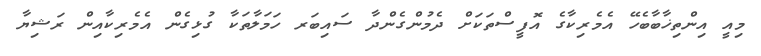
މިއީ އިންތިޚާބާބެހޭ އެމެރިކާގެ އޮފީސްތަކަށް ދެމުންގެންދާ ސައިބަރ ހަމަލާތަކާ ގުޅިގެން އެމެރިކާއިން ރަޝިޔާ